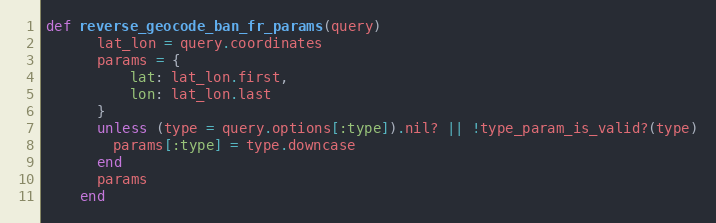
Language: Ruby
def reverse_geocode_ban_fr_params(query)
      lat_lon = query.coordinates
      params = {
          lat: lat_lon.first,
          lon: lat_lon.last
      }
      unless (type = query.options[:type]).nil? || !type_param_is_valid?(type)
        params[:type] = type.downcase
      end
      params
    end